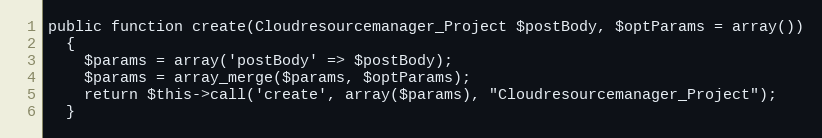
Language: PHP
public function create(Cloudresourcemanager_Project $postBody, $optParams = array())
  {
    $params = array('postBody' => $postBody);
    $params = array_merge($params, $optParams);
    return $this->call('create', array($params), "Cloudresourcemanager_Project");
  }